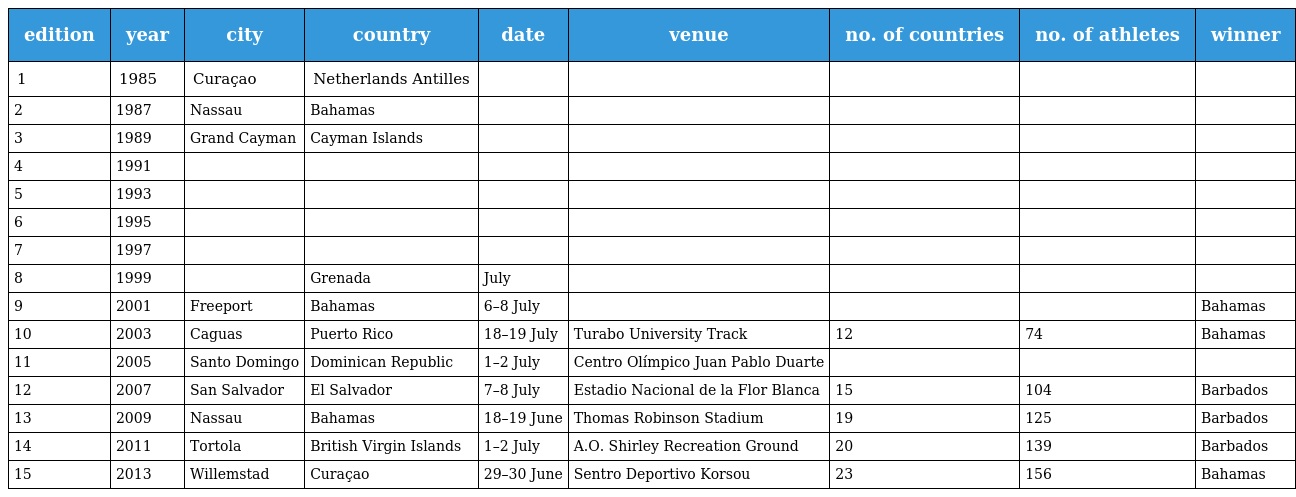
| edition | year | city | country | date | venue | no. of countries | no. of athletes | winner |
 | --- | --- | --- | --- | --- | --- | --- | --- | --- |
 | 1 | 1985 | Curaçao | Netherlands Antilles |  |  |  |  |  |
 | 2 | 1987 | Nassau | Bahamas |  |  |  |  |  |
 | 3 | 1989 | Grand Cayman | Cayman Islands |  |  |  |  |  |
 | 4 | 1991 |  |  |  |  |  |  |  |
 | 5 | 1993 |  |  |  |  |  |  |  |
 | 6 | 1995 |  |  |  |  |  |  |  |
 | 7 | 1997 |  |  |  |  |  |  |  |
 | 8 | 1999 |  | Grenada | July |  |  |  |  |
 | 9 | 2001 | Freeport | Bahamas | 6–8 July |  |  |  | Bahamas |
 | 10 | 2003 | Caguas | Puerto Rico | 18–19 July | Turabo University Track | 12 | 74 | Bahamas |
 | 11 | 2005 | Santo Domingo | Dominican Republic | 1–2 July | Centro Olímpico Juan Pablo Duarte |  |  |  |
 | 12 | 2007 | San Salvador | El Salvador | 7–8 July | Estadio Nacional de la Flor Blanca | 15 | 104 | Barbados |
 | 13 | 2009 | Nassau | Bahamas | 18–19 June | Thomas Robinson Stadium | 19 | 125 | Barbados |
 | 14 | 2011 | Tortola | British Virgin Islands | 1–2 July | A.O. Shirley Recreation Ground | 20 | 139 | Barbados |
 | 15 | 2013 | Willemstad | Curaçao | 29–30 June | Sentro Deportivo Korsou | 23 | 156 | Bahamas |